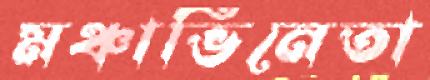
মঞ্চাভিনেতা